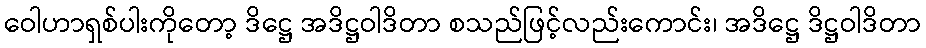
ဝေါဟာရှစ်ပါးကိုတော့ ဒိဋ္ဌေ အဒိဋ္ဌဝါဒိတာ စသည်ဖြင့်လည်းကောင်း၊ အဒိဋ္ဌေ ဒိဋ္ဌဝါဒိတာ